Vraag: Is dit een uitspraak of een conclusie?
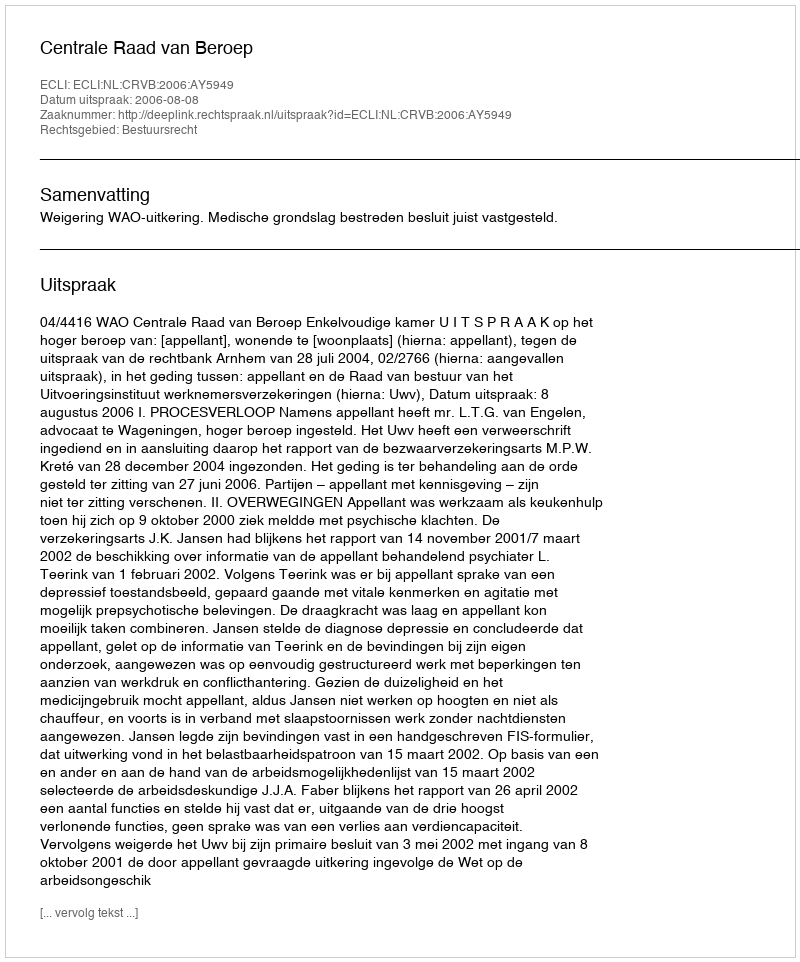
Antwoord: Uitspraak